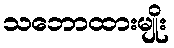
သဘောထားမျိုး